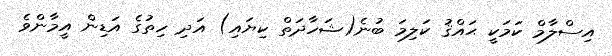
އިސްލާމް ކަމަކީ ޙައްޤު ކަލިމަ ބުނެ(ޝަހާދަތް ކިޔައި) އަދި ހިތުގެ އަޑިން އީމާންވެ